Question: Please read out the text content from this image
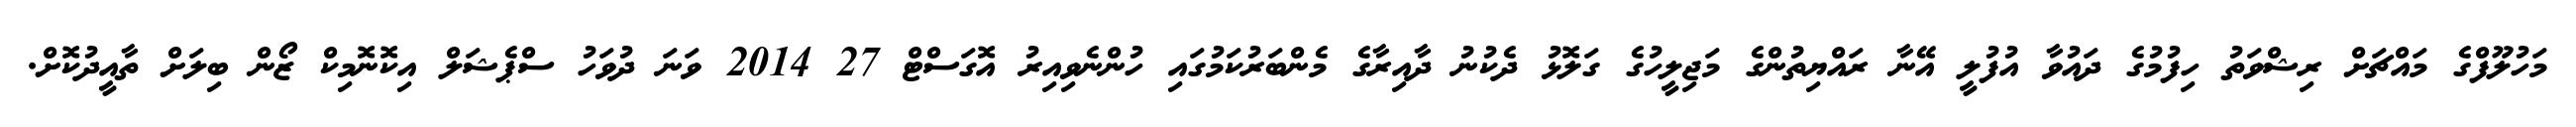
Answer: މަހުލޫފްގެ މައްޗަށް ރިޝްވަތު ހިފުމުގެ ދައުވާ އުފުލީ އޭނާ ރައްޔިތުންގެ މަޖިލީހުގެ ގަލޮޅު ދެކުނު ދާއިރާގެ މެންބަރުކަމުގައި ހުންނެވިއިރު އޮގަސްޓް 27 2014 ވަނަ ދުވަހު ސްޕެޝަލް އިކޮނޮމިކް ޒޯން ބިލަށް ތާއީދުކޮށް.